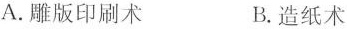
A.雕版印刷术 B.造纸术